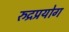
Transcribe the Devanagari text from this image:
रुद्रप्रयोग